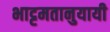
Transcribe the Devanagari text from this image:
भाट्टमतानुयायी